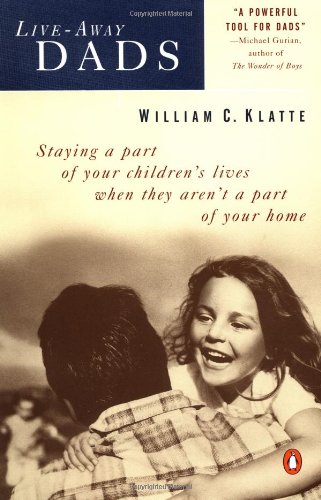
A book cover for Live-away Dads: Staying a Part of Your Children's Lives When They Aren't a Part of Your Home; William C. Klatte; Parenting & Relationships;